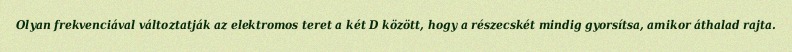
Olyan frekvenciával változtatják az elektromos teret a két D között, hogy a részecskét mindig gyorsítsa, amikor áthalad rajta.